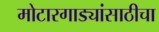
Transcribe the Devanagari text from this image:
मोटारगाड्यांसाठीचा